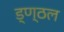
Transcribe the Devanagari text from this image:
ड्ण्ठल